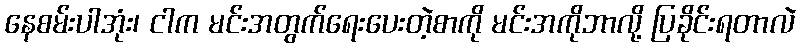
နေစမ်းပါအုံး၊ ငါက မင်းအတွက်ရေးပေးတဲ့စာကို မင်းအကိုဘာလို့ ပြခိုင်းရတာလဲ